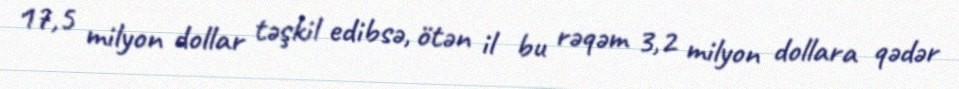
17,5 milyon dollar təşkil edibsə, ötən il bu rəqəm 3,2 milyon dollara qədər